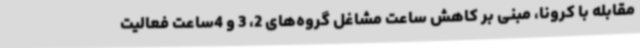
مقابله با کرونا، مبنی بر کاهش ساعت مشاغل گروه‌های 2، 3 و 4ساعت فعالیت